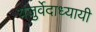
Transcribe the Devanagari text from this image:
यजुर्वेदाध्यायी